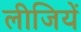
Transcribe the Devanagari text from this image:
लीजियें